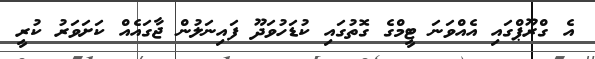
އެ ގްރޫޕްގައި އެއްވަނަ ޓީމްގެ ގޮތުގައި ކުޑަހުވަދޫ ފައިނަލުން ޖާގައެއް ކަށަވަރު ކުރީ